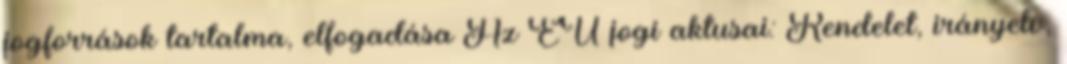
jogforrások tartalma, elfogadása Az EU jogi aktusai: Rendelet, irányelv,